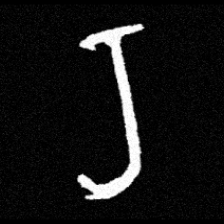
Pyu character \u2014 Myanmar letter: ရ (romanized: ra)